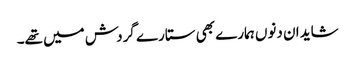
شاید ان دنوں ہمارے بھی ستارے گردش میں تھے۔